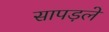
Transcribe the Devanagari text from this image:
सापड़ले